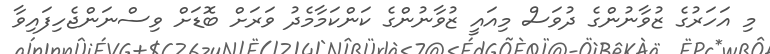
މި އަހަރުގެ ޒުވާނުންގެ ދުވަސް މިއައީ ޒުވާނުންގެ ކަންކަމާމެދު ވަރަށް ބޮޑަށް ވިސްނަންޖެހިފައިވާ